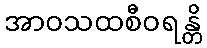
အာဝသထစီဝရန္တိ